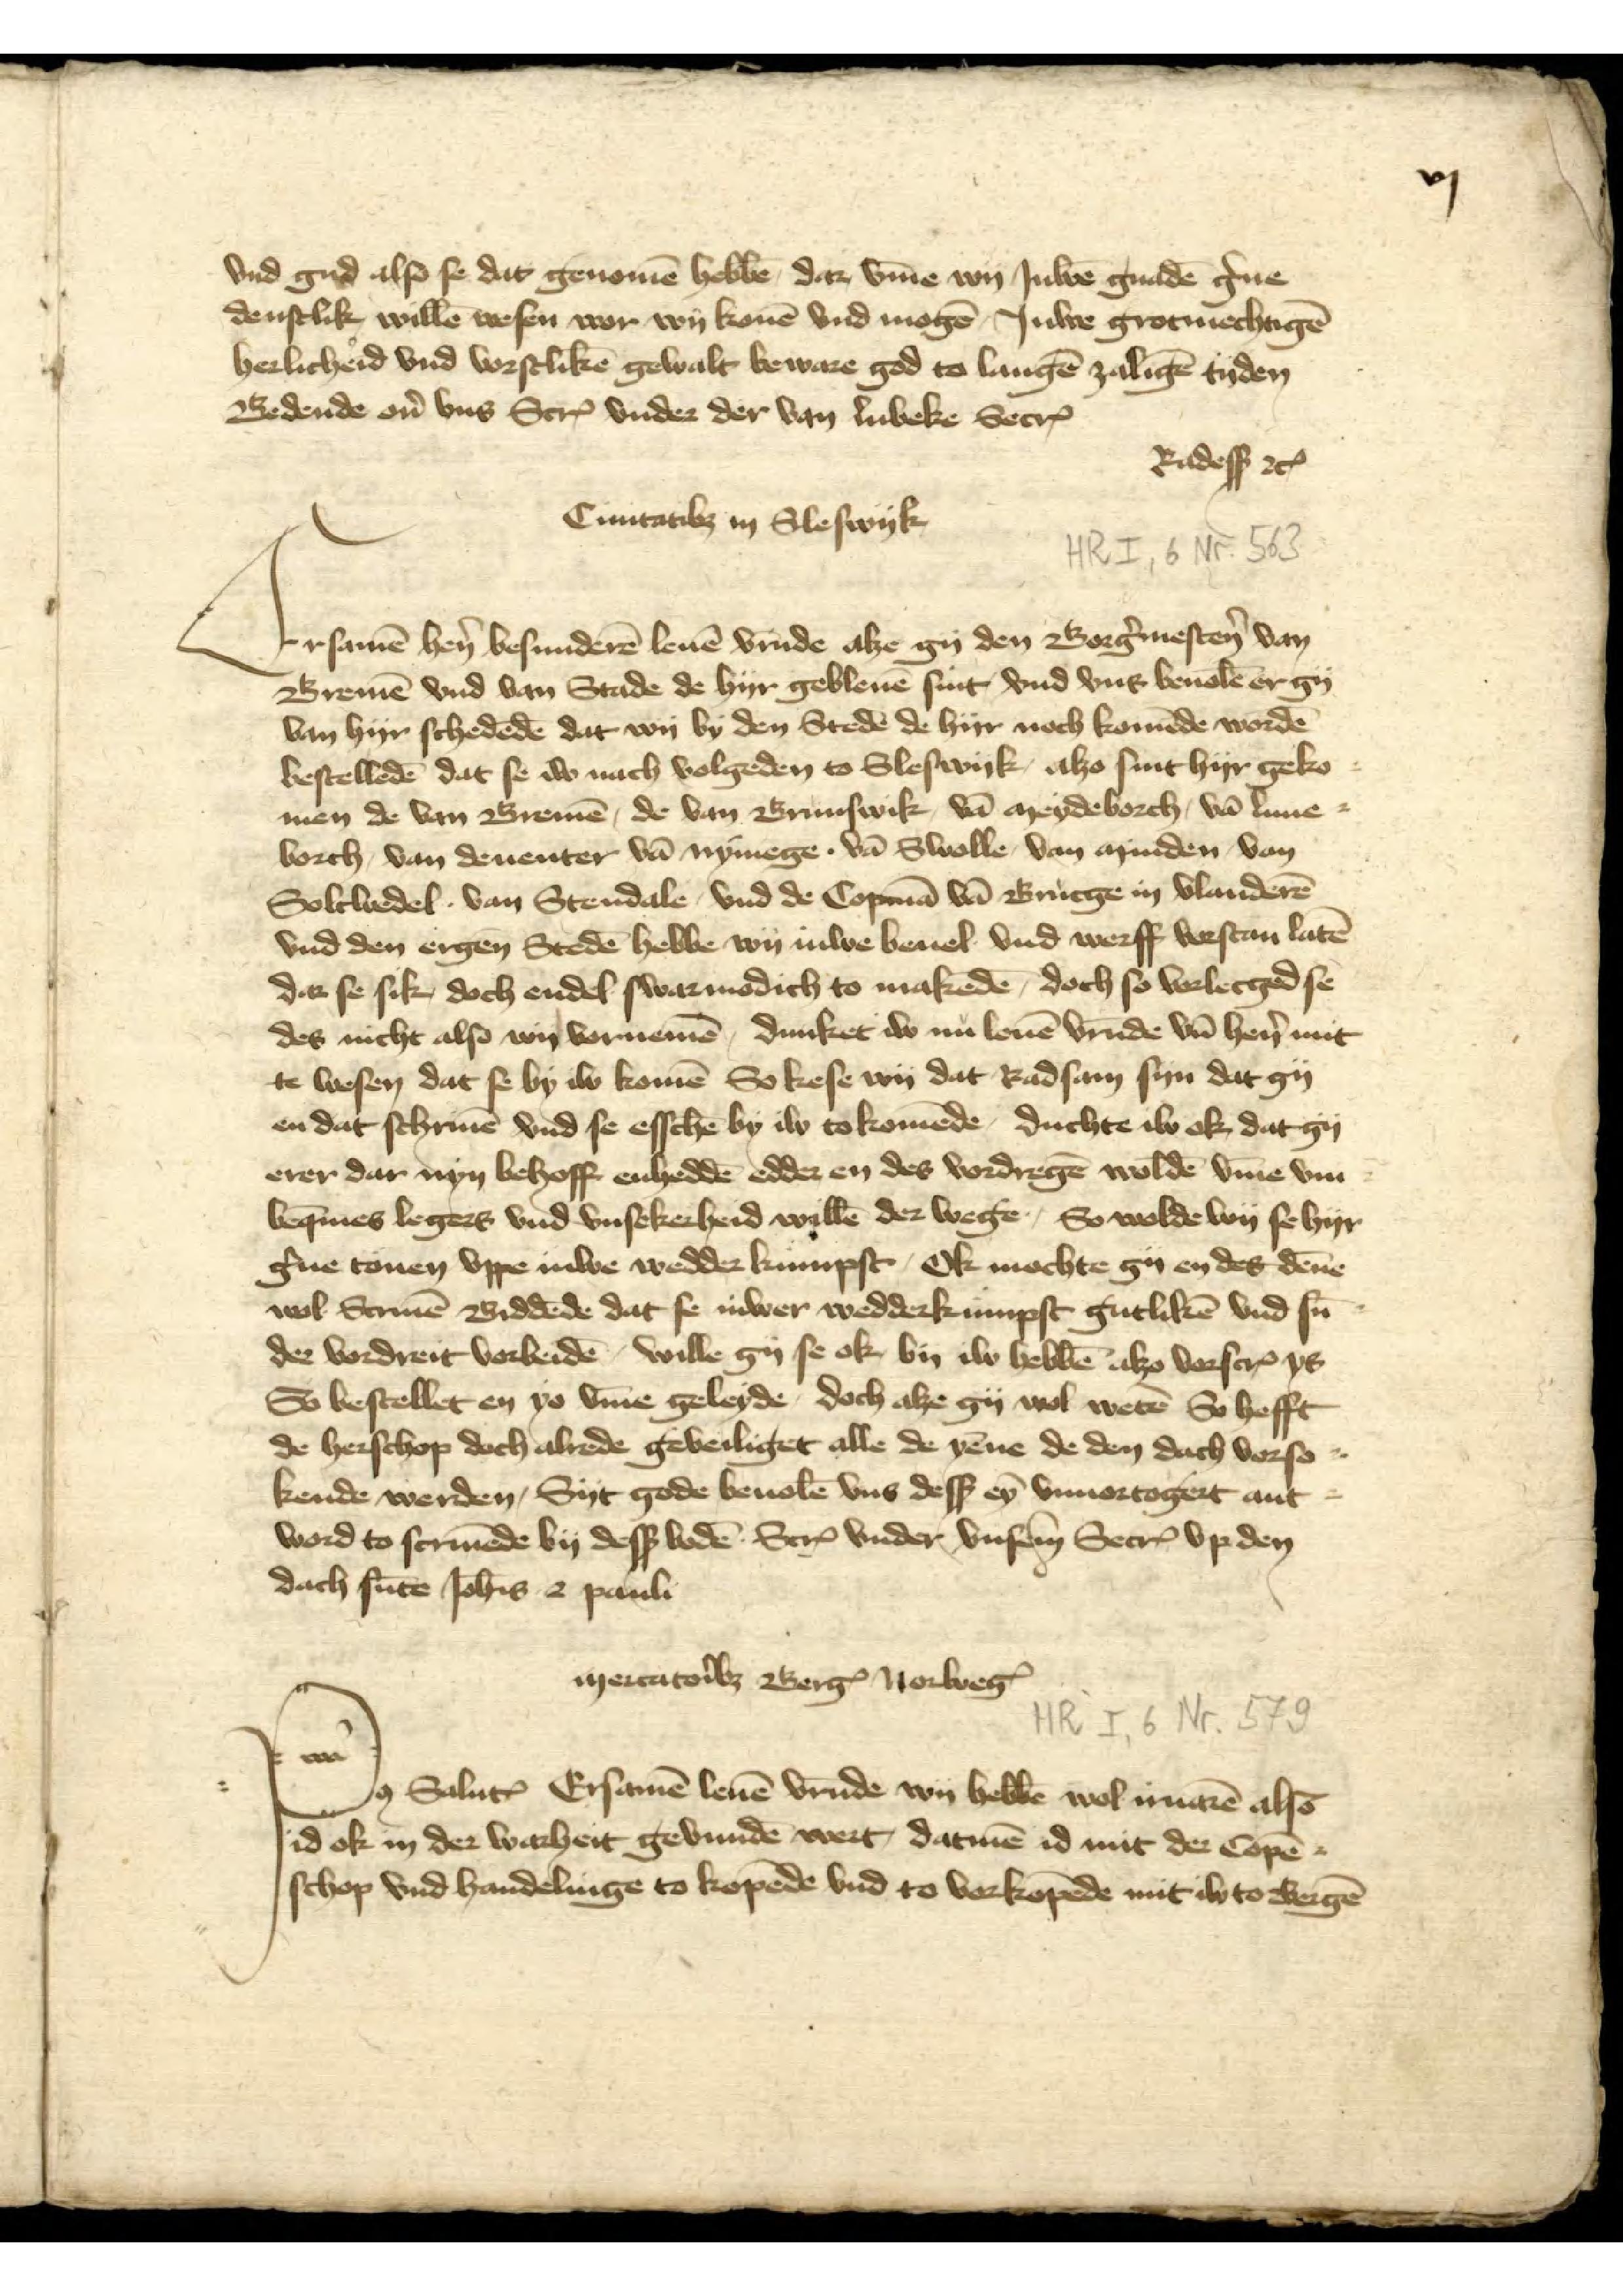
vj

vnd gud also se dat genomē hebbē, dar v̄me wy Juwē gnadē g̉ne
dentlik willē wesen wor wy konē vnd mogē, Juwe grotmechtigē
herlicheid vnd vorstlikē gewalt beware god to langē zaligē tyden
Bedende oủ vns ScrꝬ vnder der van Lubeke SecrꝬ
Radesß etꝬ

Civitativz in Sleswik

Ersamē hẻn besunderē leuē vrūde alze gy den Borg̉mestẻn van
Bremē vnd van Stade de hyr gebleuē sint, vnd vns beuolē er gy
van hyr schedēde dat wy by den Stedē de hyr noch komēde wordē
bestelledē dat se iw nach volgeden to Sleswik, alzo sint hyr geko¬
men de van Bremē, de van Brunswik, vā Meydeborch, vā Lune¬
borch, van Deuenter vā Nymege, vā Swolle, van Minden, van
Soltwedel, van Stendale, vnd de Copmā vā Brucge in Vlanderē
vnd den ergen̄ Steden hebbe wy Juwe beuel vnd werff vorstan latē
dar se sik, doch endel swarmodich to makēde, doch so vorlecged se
des nicht also wy vornemē, dunket iw nu leuē vrūde vā hẻn mit
te wesen dat se by iw komē So kese wy dat Radsam syn dat gy
en dat schriuē vnd se esschē by iw to komēde, duchte iw ok, dat gy
erer dar nyn behoff enheddē edder en des vordregē woldē v̄me vm¬
beq̄mes legers vnd vnsekerheid willē der wege, so wolde wy se hyr
g̉ne tonen vppe Juwe wedder kumpst, Ok mochte gy en des dēne
wol Scriuē Biddēde dat se iuwer wedderkumpst gutlikē vnd sū¬
der vordreit vorbeidē, wille gy se ok by iw hebbē alzo vorscrꝬ ys
So bestellet en yo v̄me geleyde, doch alze gy wol wetē So hefft
de hershop doch alrede geveiliget alle de yēne de den dach vorso¬
kende werden, Syt gode beuolē vns desß eyn vnuortoget ant¬
word to scriuende by desß bodē ScrꝬ vnder vnserm SecrꝬ vp den
dach sūte Joh̄is c pauli

Po̧ Saluꝷ Ersamē leuē vrūde wy hebbē wol iruarē also
id ok in der wahrheit gevundē wert, datmē id mit der Cope¬
schop vnd handelinge to kopēden vnd to vorkopēde mit iw to Bergē

mercatorius BergꝬ NorwegꝬ
Po̧ Saluꝷ Ersamē leuē vrūde wy hebbē wol iruarē also
id ok in der wahrheit gevundē wert, datmē id mit der Copē¬
schop vnd handelinge to kopēden vnd to vorkopēde mit iw to Bergē